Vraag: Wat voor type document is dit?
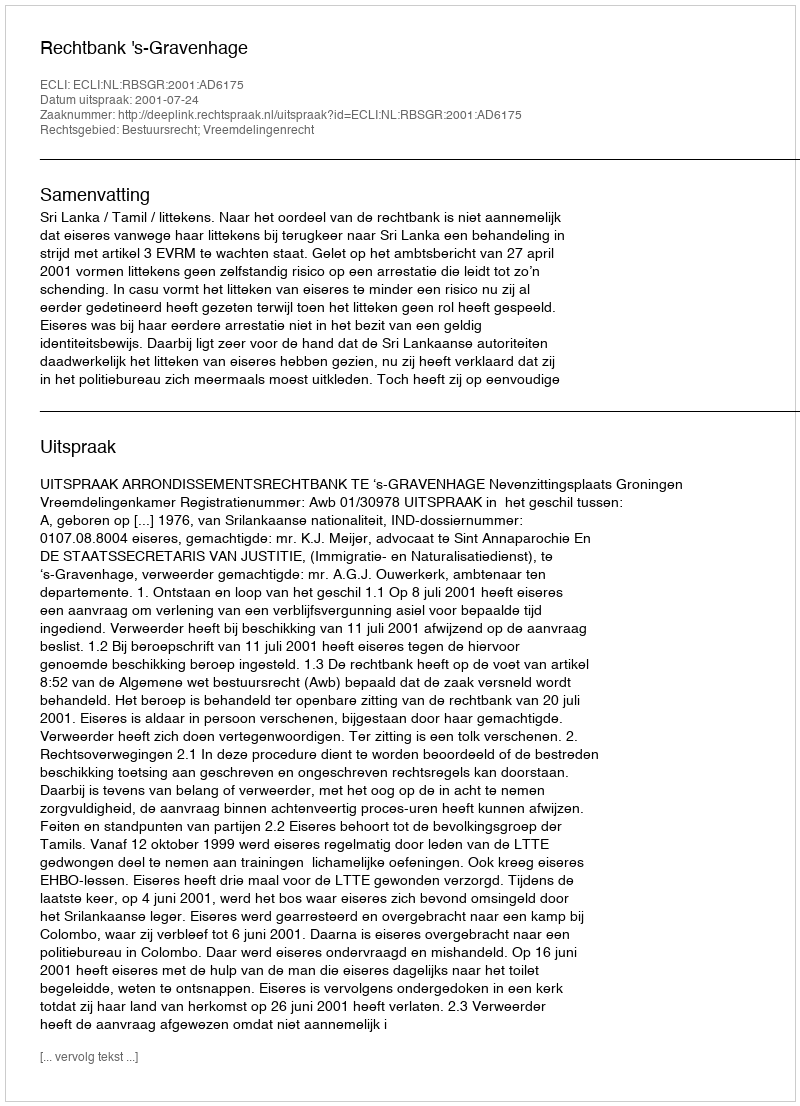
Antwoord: Uitspraak